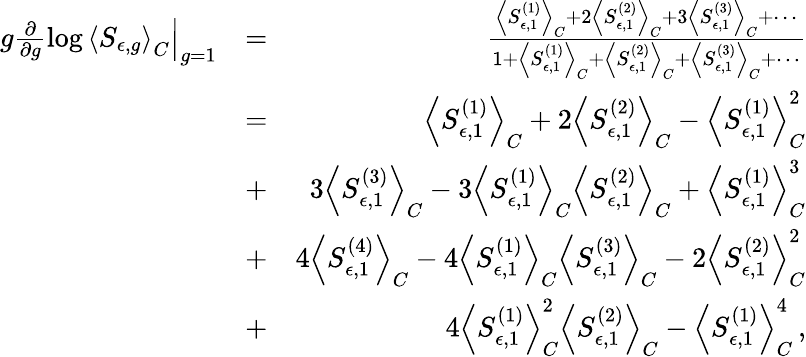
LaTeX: \begin{array}{rlr}{\left.g\frac{\partial}{\partial g}\log\left<S_{\epsilon,g}\right>_{C}\right|_{g=1}}&{=}&{\frac{\left<S_{\epsilon,1}^{(1)}\right>_{C}+2\left<S_{\epsilon,1}^{(2)}\right>_{C}+3\left<S_{\epsilon,1}^{(3)}\right>_{C}+\cdots}{1+\left<S_{\epsilon,1}^{(1)}\right>_{C}+\left<S_{\epsilon,1}^{(2)}\right>_{C}+\left<S_{\epsilon,1}^{(3)}\right>_{C}+\cdots}}\\ &{=}&{\left<S_{\epsilon,1}^{(1)}\right>_{C}+2\left<S_{\epsilon,1}^{(2)}\right>_{C}-\left<S_{\epsilon,1}^{(1)}\right>_{C}^{2}}\\ &{+}&{3\left<S_{\epsilon,1}^{(3)}\right>_{C}-3\left<S_{\epsilon,1}^{(1)}\right>_{C}\left<S_{\epsilon,1}^{(2)}\right>_{C}+\left<S_{\epsilon,1}^{(1)}\right>_{C}^{3}}\\ &{+}&{4\left<S_{\epsilon,1}^{(4)}\right>_{C}-4\left<S_{\epsilon,1}^{(1)}\right>_{C}\left<S_{\epsilon,1}^{(3)}\right>_{C}-2\left<S_{\epsilon,1}^{(2)}\right>_{C}^{2}}\\ &{+}&{4\left<S_{\epsilon,1}^{(1)}\right>_{C}^{2}\left<S_{\epsilon,1}^{(2)}\right>_{C}-\left<S_{\epsilon,1}^{(1)}\right>_{C}^{4}\, ,}\end{array}